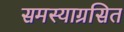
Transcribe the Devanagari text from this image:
समस्याग्रसित